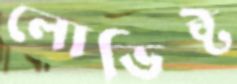
লোভিষ্ট